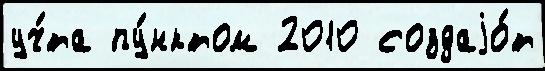
уч́та пу́нктом 2010 создаjо́т